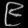
Digit: ၉